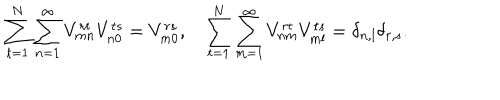
\sum _ { t = 1 } ^ { N } \sum _ { n = 1 } ^ { \infty } V _ { m n } ^ { r t } V _ { n 0 } ^ { t s } = V _ { m 0 } ^ { r s } , \ \ \ \sum _ { t = 1 } ^ { N } \sum _ { m = 1 } ^ { \infty } V _ { n m } ^ { r t } V _ { m l } ^ { t s } = \delta _ { n , l } \delta _ { r , s } .